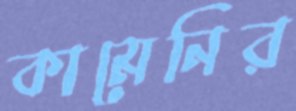
কামেনির